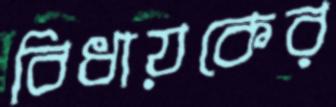
বিধায়কের